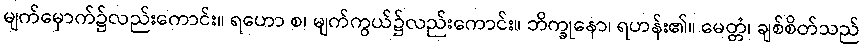
မျက်မှောက်၌လည်းကောင်း။ ရဟော စ၊ မျက်ကွယ်၌လည်းကောင်း။ ဘိက္ခုနော၊ ရဟန်း၏။ မေတ္တံ၊ ချစ်စိတ်သည်